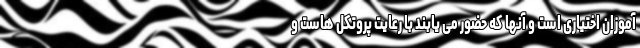
آموزان اختیاری است و آنها که حضور می یابند با رعایت پروتکل هاست و